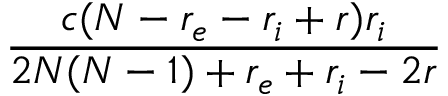
\frac { c ( N - r _ { e } - r _ { i } + r ) r _ { i } } { 2 N ( N - 1 ) + r _ { e } + r _ { i } - 2 r }